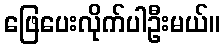
ဖြေပေးလိုက်ပါဦးမယ်။